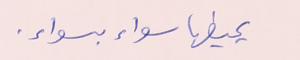
يحيطها سواء بسواء.